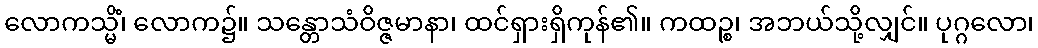
လောကသ္မိံ၊ လောက၌။ သန္တောသံဝိဇ္ဇမာနာ၊ ထင်ရှားရှိကုန်၏။ ကထဉ္စ၊ အဘယ်သို့လျှင်။ ပုဂ္ဂလော၊